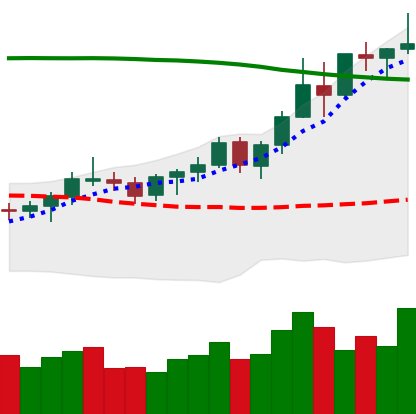
Ticker: BNB-USD
Chart end date: 2021-08-16
Forward return: 7.533%
Label: up_7plus